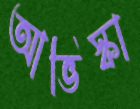
আভিস্কা